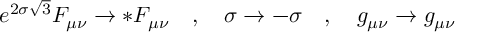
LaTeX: e ^ { 2 \sigma \sqrt { 3 } } F _ { \mu \nu } \rightarrow * F _ { \mu \nu } \quad , \quad \sigma \rightarrow - \sigma \quad , \quad g _ { \mu \nu } \rightarrow g _ { \mu \nu }